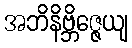
အဘိနိဗ္ဘိဇ္ဇေယျ